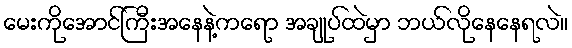
မေးကိုအောင်ကြီးအနေနဲ့ကရော အချုပ်ထဲမှာ ဘယ်လိုနေနေရလဲ။